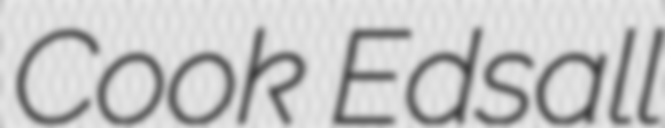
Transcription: Cook Edsall